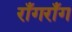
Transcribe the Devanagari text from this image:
राँगराँग